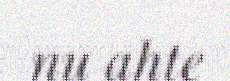
nu ahte